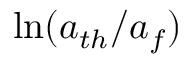
\ln ( { a _ { t h } } / { a _ { f } } )